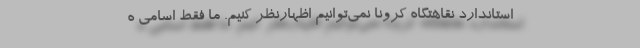
استاندارد نقاهتگاه کرونا نمی‌توانیم اظهارنظر کنیم. ما فقط اسامی ه